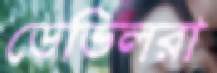
ডেভিলরা